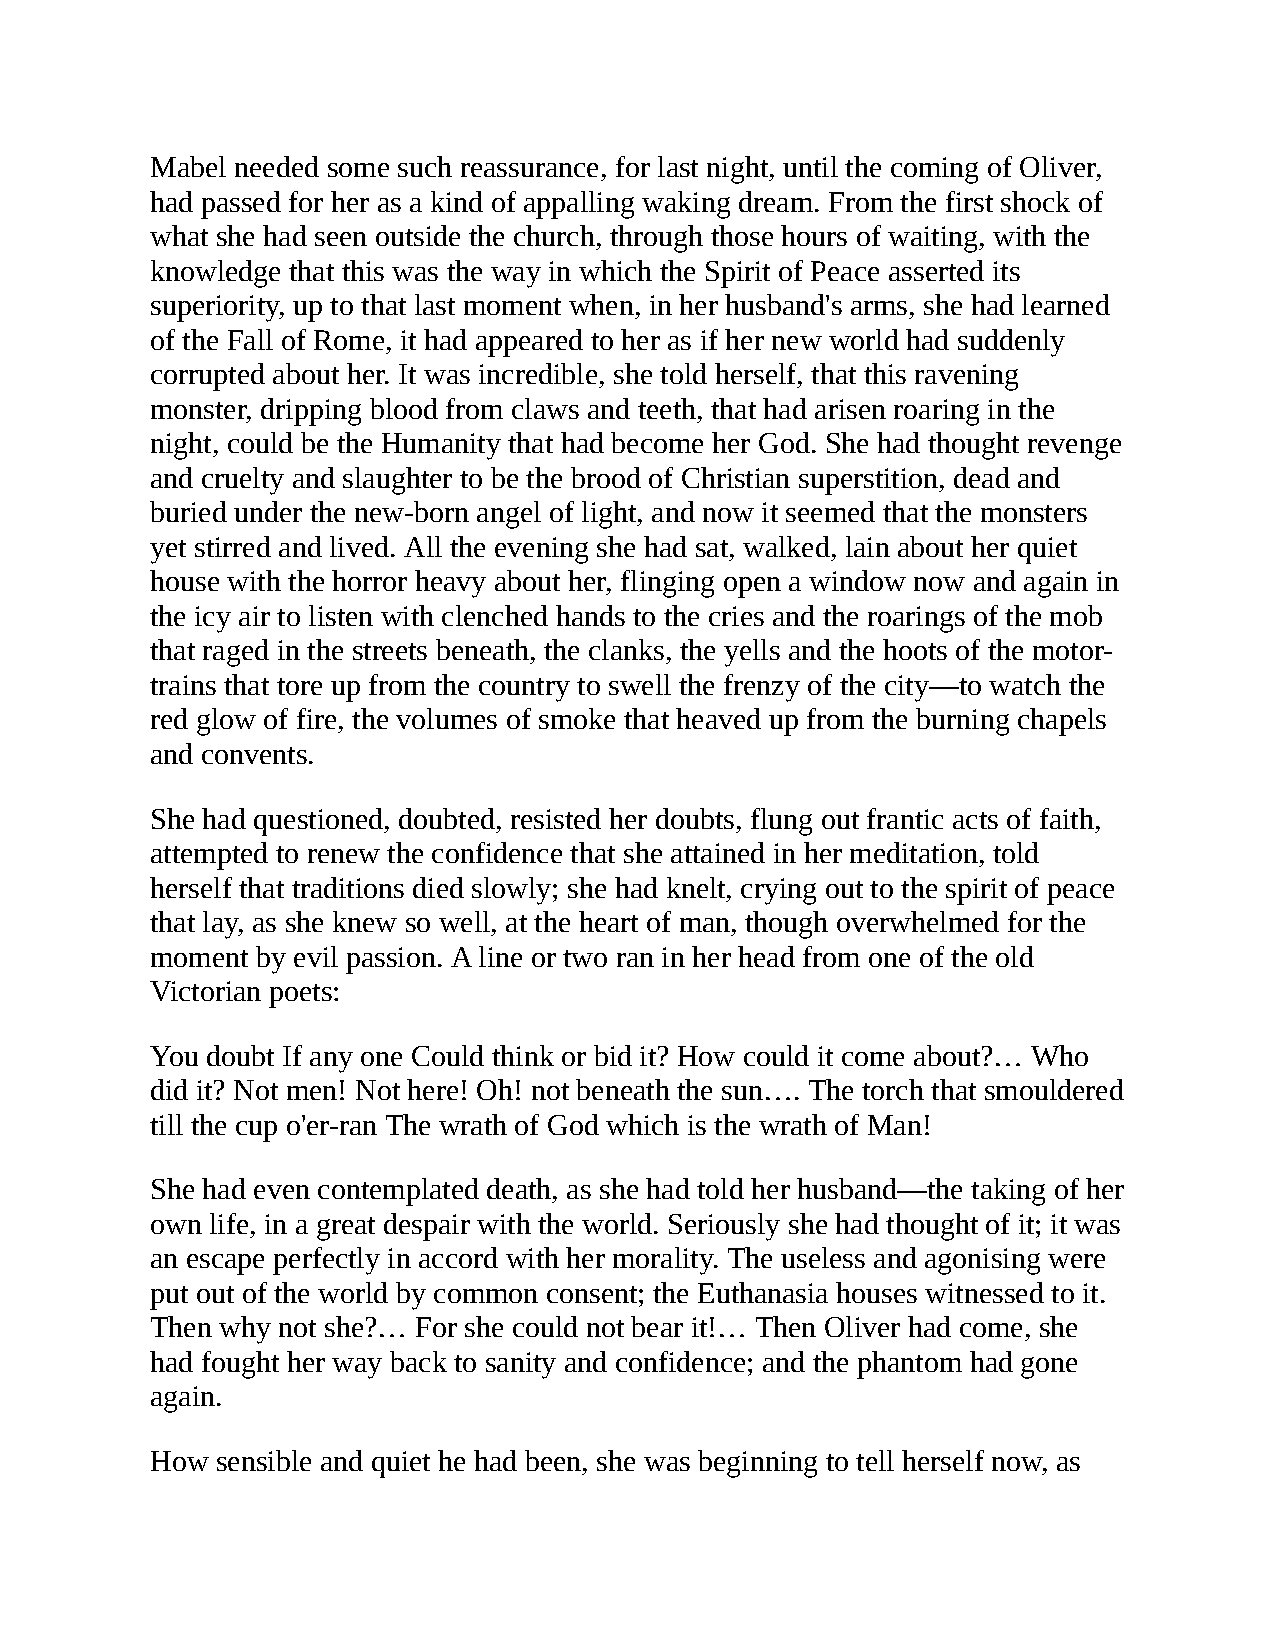
Mabel needed some such reassurance, for last night, until the coming of Oliver,
 had passed for her as a kind of appalling waking dream. From the first shock of
 what she had seen outside the church, through those hours of waiting, with the
 knowledge that this was the way in which the Spirit of Peace asserted its
 superiority, up to that last moment when, in her husband's arms, she had learned
 of the Fall of Rome, it had appeared to her as if her new world had suddenly
 corrupted about her. It was incredible, she told herself, that this ravening
 monster, dripping blood from claws and teeth, that had arisen roaring in the
 night, could be the Humanity that had become her God. She had thought revenge
 and cruelty and slaughter to be the brood of Christian superstition, dead and
 buried under the new-born angel of light, and now it seemed that the monsters
 yet stirred and lived. All the evening she had sat, walked, lain about her quiet
 house with the horror heavy about her, flinging open a window now and again in
 the icy air to listen with clenched hands to the cries and the roarings of the mob
 that raged in the streets beneath, the clanks, the yells and the hoots of the motor-
 trains that tore up from the country to swell the frenzy of the city—to watch the
 red glow of fire, the volumes of smoke that heaved up from the burning chapels
 and convents.
 She had questioned, doubted, resisted her doubts, flung out frantic acts of faith,
 attempted to renew the confidence that she attained in her meditation, told
 herself that traditions died slowly; she had knelt, crying out to the spirit of peace
 that lay, as she knew so well, at the heart of man, though overwhelmed for the
 moment by evil passion. A line or two ran in her head from one of the old
 Victorian poets:
 You doubt If any one Could think or bid it? How could it come about?… Who
 did it? Not men! Not here! Oh! not beneath the sun…. The torch that smouldered
 till the cup o'er-ran The wrath of God which is the wrath of Man!
 She had even contemplated death, as she had told her husband—the taking of her
 own life, in a great despair with the world. Seriously she had thought of it; it was
 an escape perfectly in accord with her morality. The useless and agonising were
 put out of the world by common consent; the Euthanasia houses witnessed to it.
 Then why not she?… For she could not bear it!… Then Oliver had come, she
 had fought her way back to sanity and confidence; and the phantom had gone
 again.
 How sensible and quiet he had been, she was beginning to tell herself now, as